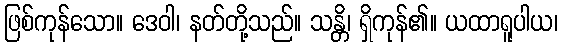
ဖြစ်ကုန်သော။ ဒေဝါ၊ နတ်တို့သည်။ သန္တိ၊ ရှိကုန်၏။ ယထာရူပါယ၊